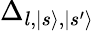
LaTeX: \Delta_{l,|s\rangle,|s^{\prime}\rangle}